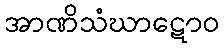
အာဏိသံဃာဋောဝ